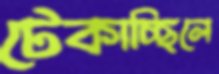
টেকাচ্ছিলে